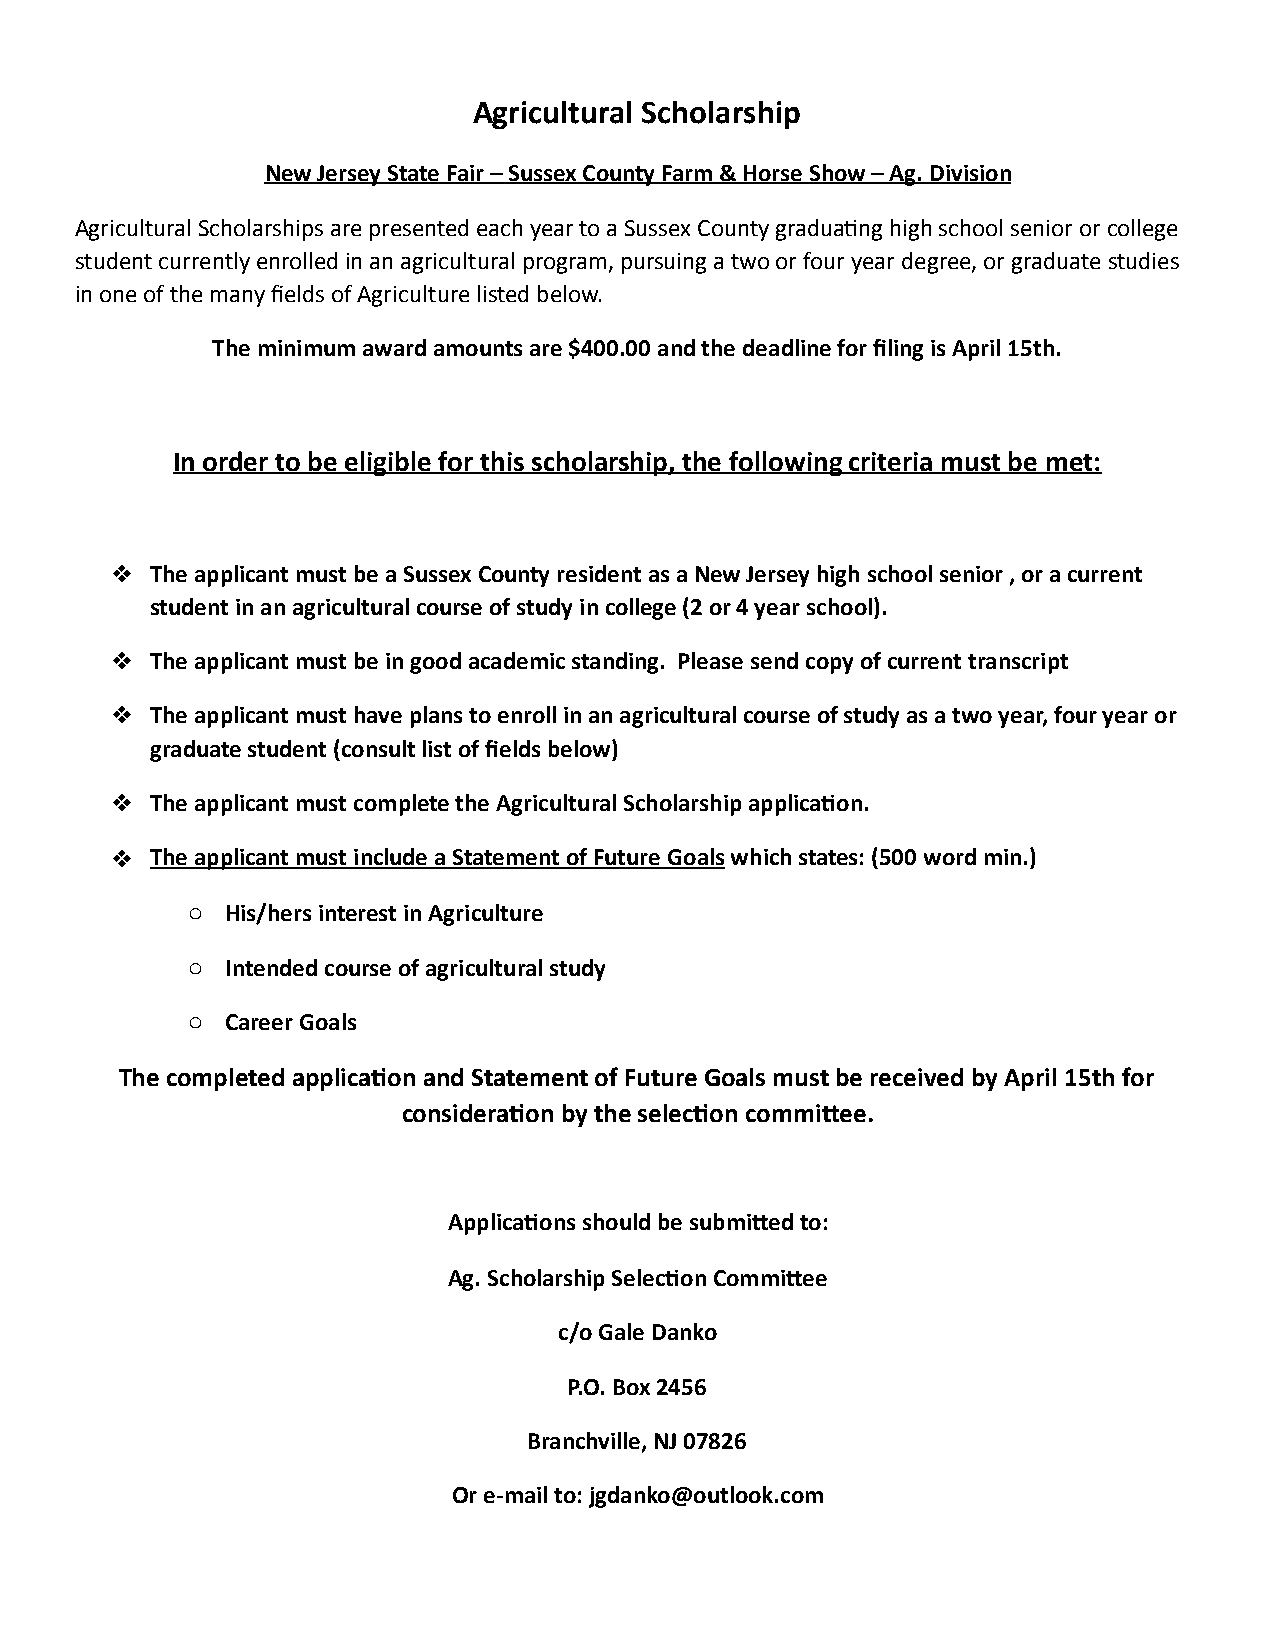
Agricultural Scholarship
 New Jersey State Fair – Sussex County Farm & Horse Show – Ag. Division
 Agricultural Scholarships are presented each year to a Sussex County gradua6ng high school senior or college
 student currently enrolled in an agricultural program, pursuing a two or four year degree, or graduate studies
 in one of the many fields of Agriculture listed below.
 The minimum award amounts are $400.00 and the deadline for filing is April 15th.
 In order to be eligible for this scholarship, the following criteria must be met:
 ❖  The applicant must be a Sussex County resident as a New Jersey high school senior , or a current
 student in an agricultural course of study in college (2 or 4 year school).
 ❖  The applicant must be in good academic standing. Please send copy of current transcript
 ❖  The applicant must have plans to enroll in an agricultural course of study as a two year, four year or
 graduate student (consult list of fields below)
 ❖  The applicant must complete the Agricultural Scholarship applicaQon.
 ❖  The applicant must include a Statement of Future Goals which states: (500 word min.)
 o  His/hers interest in Agriculture
 o  Intended course of agricultural study
 o  Career Goals
 The completed applicaQon and Statement of Future Goals must be received by April 15th for
 consideraQon by the selecQon commiTee.
 ApplicaQons should be submiTed to:
 Ag. Scholarship SelecQon CommiTee
 c/o Gale Danko
 P.O. Box 2456
 Branchville, NJ 07826
 Or e-mail to: jgdanko@outlook.com